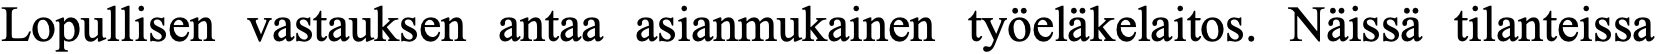
Lopullisen vastauksen antaa asianmukainen työeläkelaitos. Näissä tilanteissa